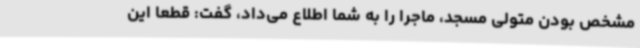
مشخص بودن متولی مسجد، ماجرا را به شما اطلاع می‌داد، گفت: قطعاً این